Annual administration report of the Civil Veterinary Department of India - 1895-1896
Year: 1895
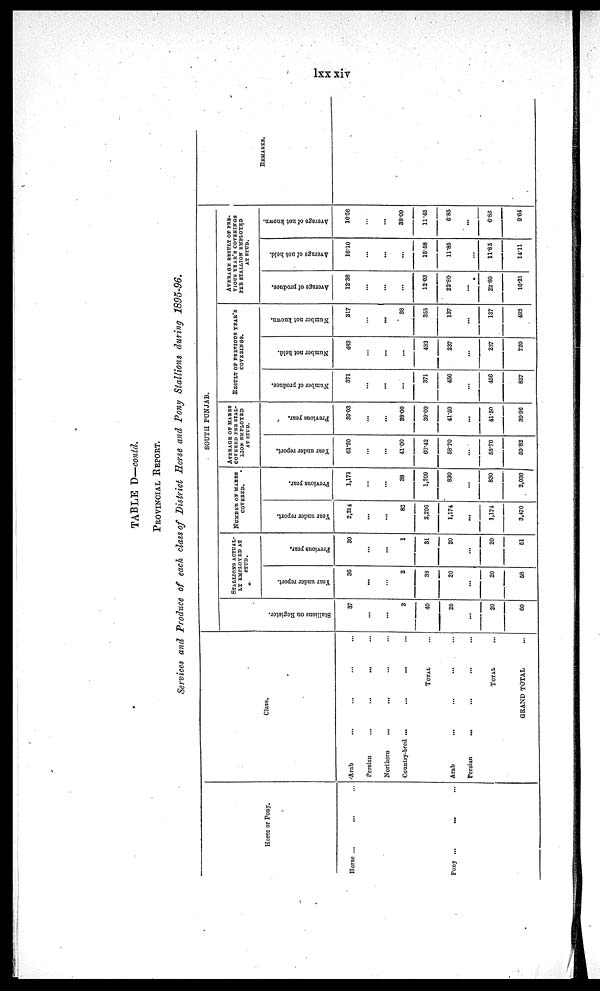
lxx xiv
TABLE D—conld.
PROVINCIAL REPORT.
Services and Produce of each class of District Horse and Pony Stallions during 1895-96.
Horse or Pony.
Horse ... ... ...
Pony ...
... ...
Class.
Arab ... ... ... ...
Persian
...
... ... ...
Northern
... ... ... ...
Country-bred ...
...
... ...
TOTAL ...
Arab
... ... ... ...
Persian
... ... ... ...
TOTAL ...
GRAND TOTAL ...
SOUTH PUNJAB.
Stallions on Register.
37
...
...
3
40
20
...
20
60
STALLION'S ACTUAL-
LY EMPLOYED AT
STUD.
Year under report.
36
...
...
2
38
20
...
20
58
Previous year.
30
...
...
1
31
20
...
20
51
NUMBER OF MARES
COVERED.
Year under report.
2,314
...
...
82
2,296
1,174
...
1,174
3,470
Previous year.
1,171
...
...
38
1,209
830
...
830
2,039
AVERAGE OF MARES
COVERED PER STAL-
---- EMPLOYED
AT STUD.
Year under report.
61.50
...
...
41.00
60.42
58.70
...
58.70
59.82
Previous year.
39.03
...
...
38.00
39.00
41.50
...
41.50
39.96
RESULT OF PREVIOUS YEAR'S
COVERINGS.
Number of produce.
371
...
...
...
371
456
...
456
827
Number not held.
483
...
...
...
483
237
...
237
720
Number not known.
317
...
...
38
355
137
...
137
492
AVERAGE
RESULT
OF
PRE-
----- YEAR'S COVERINGS
PER STALLION EMPLOYED
AT STUD.
Average of produce.
12.36
...
...
...
12.03
22.80
...
22.80
16.21
Average of not held.
16.10
...
...
...
15.58
11.85
...
11.85
14.11
Average of not known.
10.56
...
...
38.00
11.45
6.85
...
6.85
9.64
REMARKS.